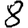
Digit: 8